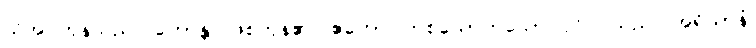
သိအပ်ကုန်သည်။ ဟောန္တိ၊ ဖြစ်ကုန်၏။ ဧကော၊ တစ်ယောက်သော ပုဂ္ဂိုလ်သည်။ အရိယာနံ၊